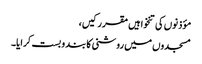
مؤذنوں کی تنخواہیں مقرر کیں،
مسجدوں میں روشنی کا بند و بست کرایا۔